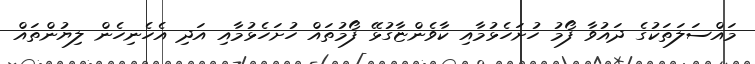
މައްސަލަތަކުގެ ދައުވާ ފޯމު ހުށަހެޅުމާއި ކާވެންޏާގުޅޭ ފޯމުތައް ހުށަހެޅުމާއި އަދި އެހެނިހެން ލިޔުންތައް